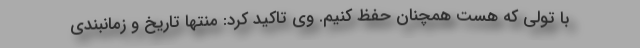
با تولی که هست همچنان حفظ کنیم. وی تاکید کرد: منتها تاریخ و زمانبندی